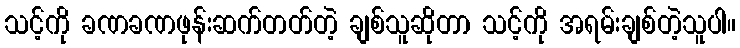
သင့်ကို ခဏခဏဖုန်းဆက်တတ်တဲ့ ချစ်သူဆိုတာ သင့်ကို အရမ်းချစ်တဲ့သူပါ။